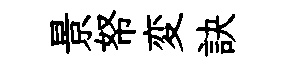
景帑変訣